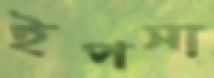
ইপসা